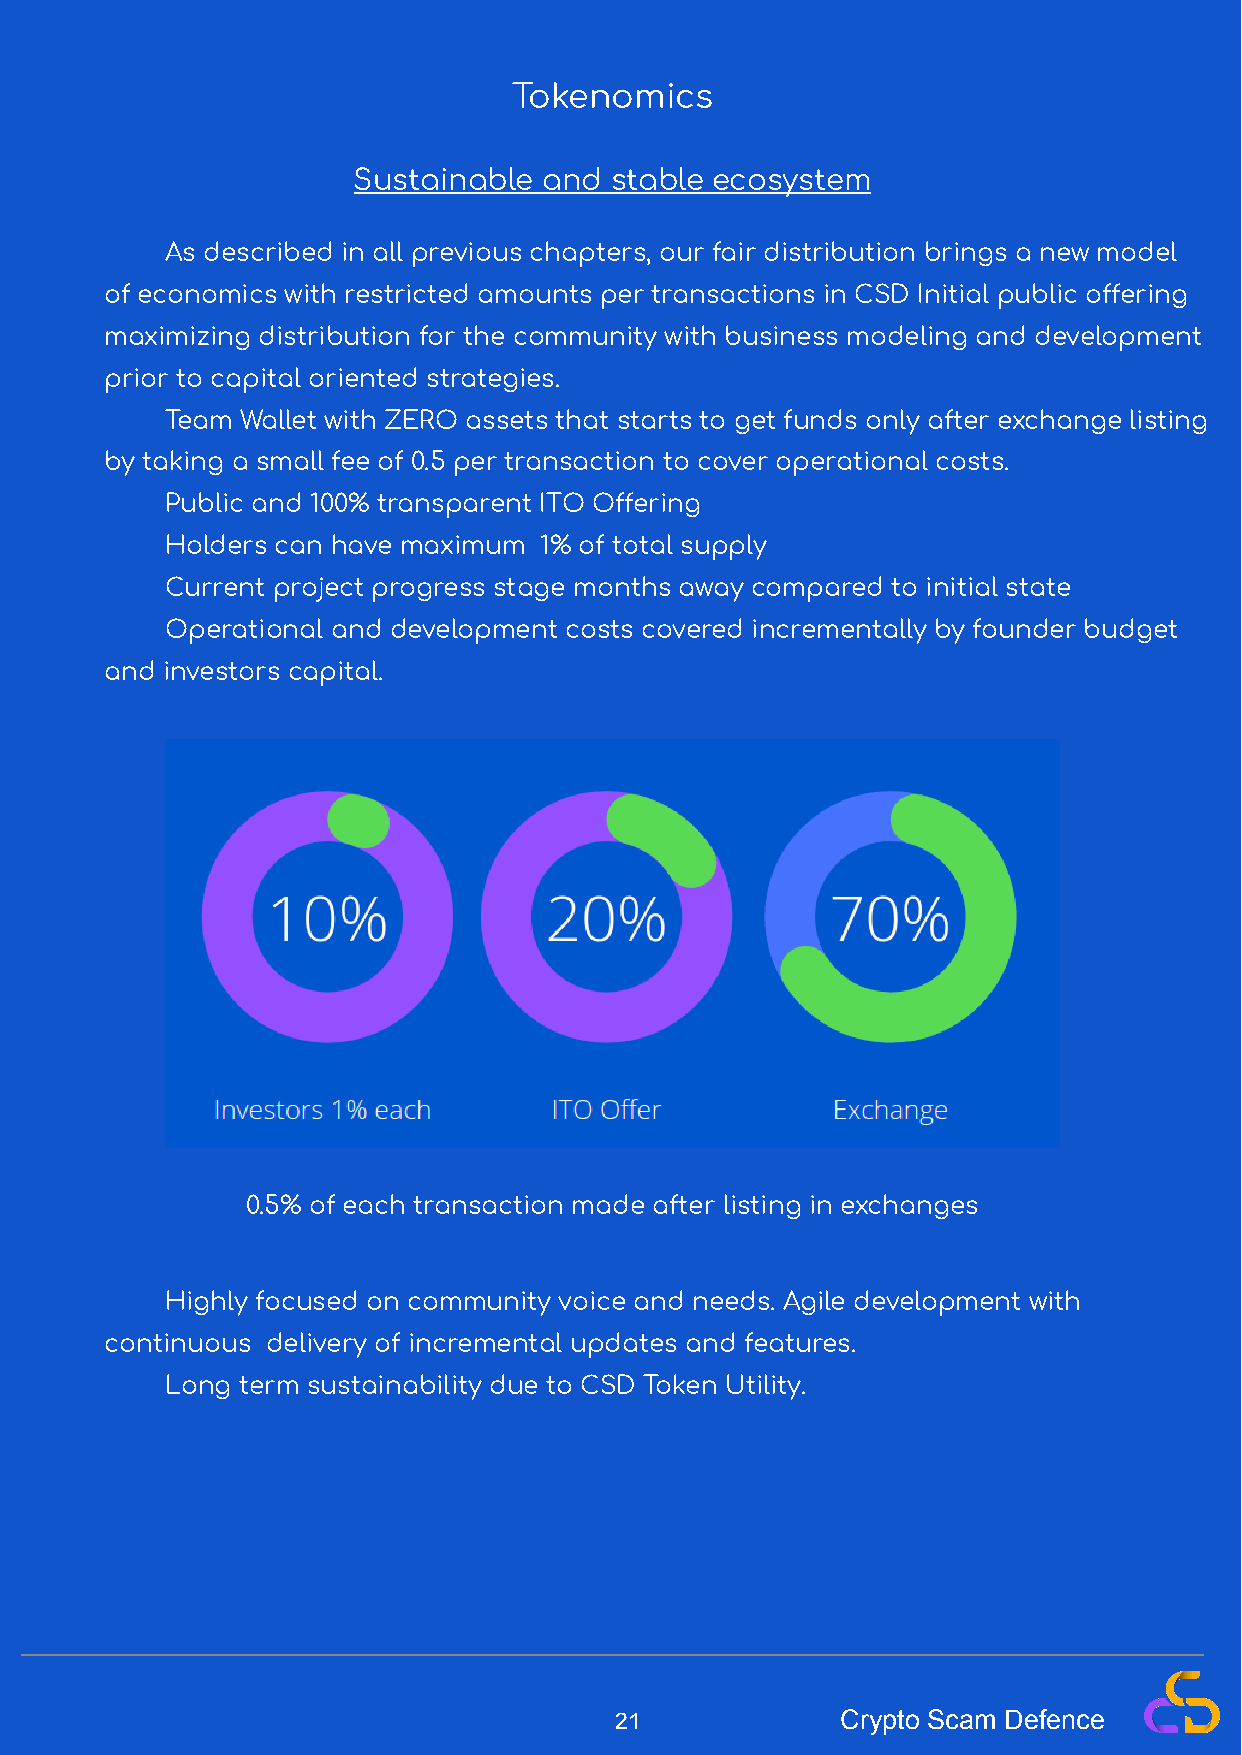
Tokenomics
 Sustainable  and stable ecosystem
 As described in all previous chapters, our fair distribution brings a new model
 of economics with restricted amounts per transactions in CSD Initial public oering
 maximizing distribution for the community with business modeling and development
 prior to capital oriented strategies.
 Team Wallet with ZERO assets that starts to get funds only after exchange listing
 by taking a small fee of 0.5 per transaction to cover operational costs.
 Public and 100% transparent ITO Oering
 Holders can have maximum 1% of total supply
 Current project progress stage months away compared to initial state
 Operational and development costs covered incrementally by founder budget
 and investors capital.
 0.5% of each transaction made after listing in exchanges
 Highly focused on community voice and needs. Agile development with
 continuous delivery of incremental updates and features.
 Long term sustainability due to CSD Token Utility.
 21             Crypto Scam Defence